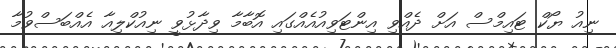
ނިއު ޔޯކް ޓައިމްސް އަށް ދެއްވި އިންޓަވިއުއެއްގައި އޮބާމާ ވިދާޅުވީ ނިއުކްލިއާ އެއްބަސްވުމާ